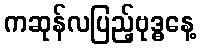
ကဆုန်လပြည့်ဗုဒ္ဓနေ့